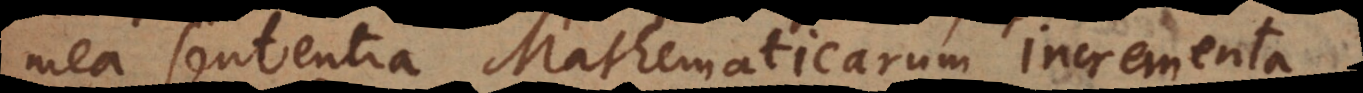
mea sententia Mathematicarum incrementa